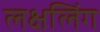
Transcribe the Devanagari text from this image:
लक्षलिंग